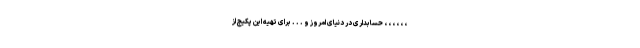
، ، ، ، ، ، حسابداری در دنیای امروز و . . . برای تهیه این پکیج از